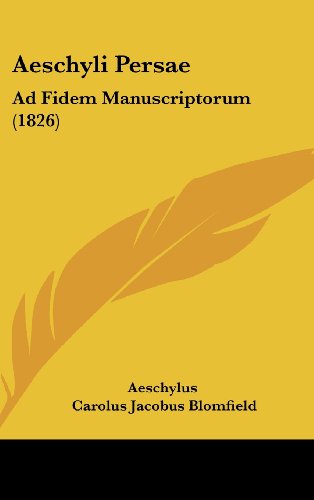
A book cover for Aeschyli Persae: Ad Fidem Manuscriptorum (1826) (Latin Edition); Aeschylus; Literature & Fiction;